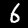
Digit: 6